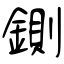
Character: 鍘